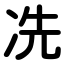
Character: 冼